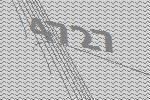
4727